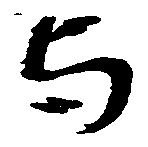
与